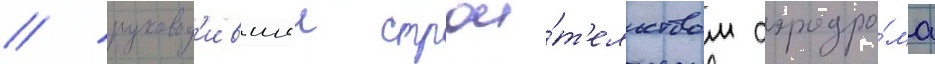
/ руковод'ившии строи́т'ельством аэродро́ма